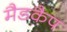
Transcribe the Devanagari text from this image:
मैडकैप